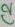
Text: C2